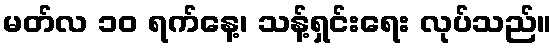
မတ်လ ၁၀ ရက်နေ့၊ သန့်ရှင်းရေး လုပ်သည်။